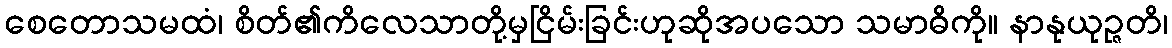
စေတောသမထံ၊ စိတ်၏ကိလေသာတို့မှငြိမ်းခြင်းဟုဆိုအပသော သမာဓိကို။ နာနုယုဉ္ဇတိ၊